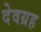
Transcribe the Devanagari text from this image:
देवग्रह